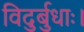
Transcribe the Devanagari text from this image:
विदुर्बुधाः।